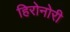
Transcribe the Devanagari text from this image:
हिरोनोरी